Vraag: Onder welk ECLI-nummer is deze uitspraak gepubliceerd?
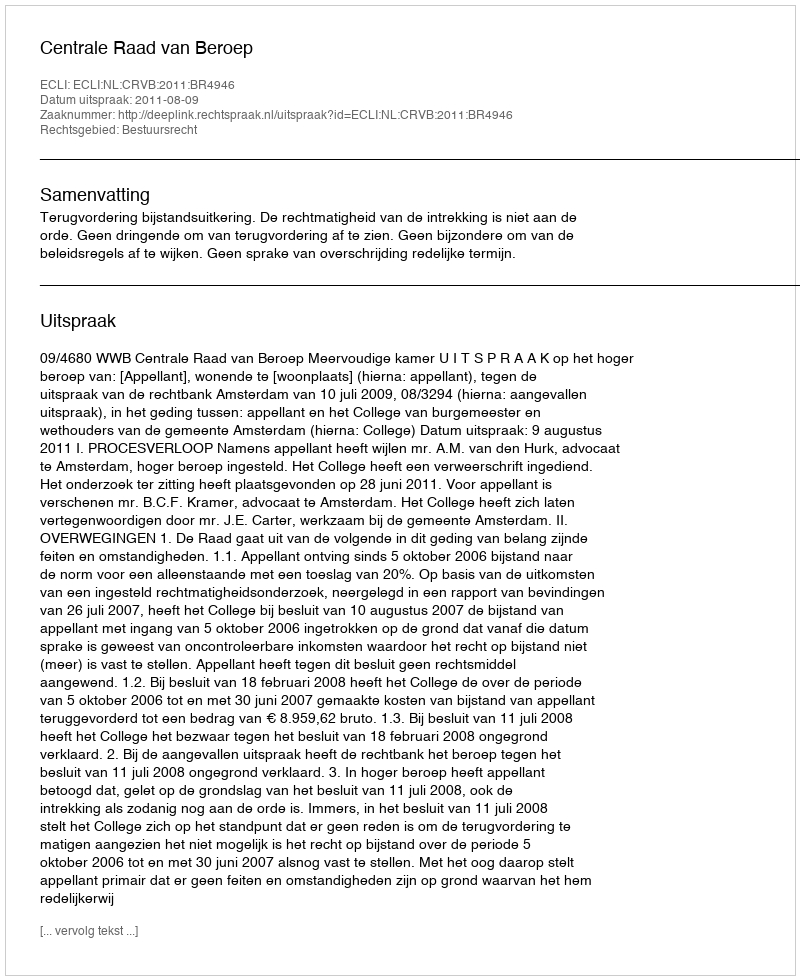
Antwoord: ECLI:NL:CRVB:2011:BR4946